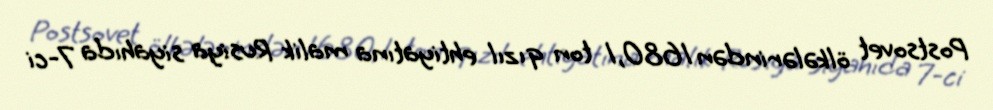
Postsovet ölkələrindən 1680,1 ton qızıl ehtiyatına malik Rusiya siyahıda 7-ci